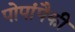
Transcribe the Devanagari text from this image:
पोपांपैकी